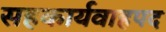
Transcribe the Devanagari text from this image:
सहकार्यवाहपद